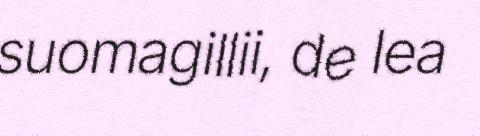
suomagillii, de lea